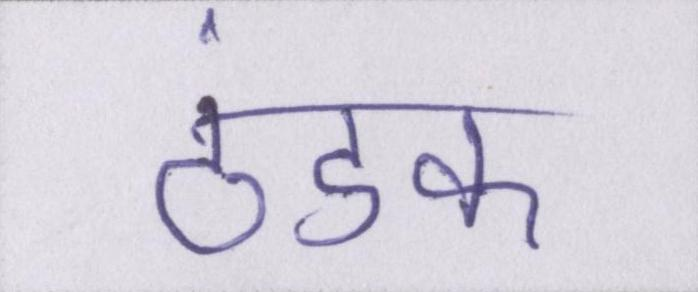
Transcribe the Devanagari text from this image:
ठंडक